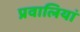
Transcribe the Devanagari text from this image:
प्रवालियां